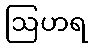
ဩဟရ